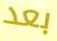
بعد